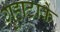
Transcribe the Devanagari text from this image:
गुहाटाके